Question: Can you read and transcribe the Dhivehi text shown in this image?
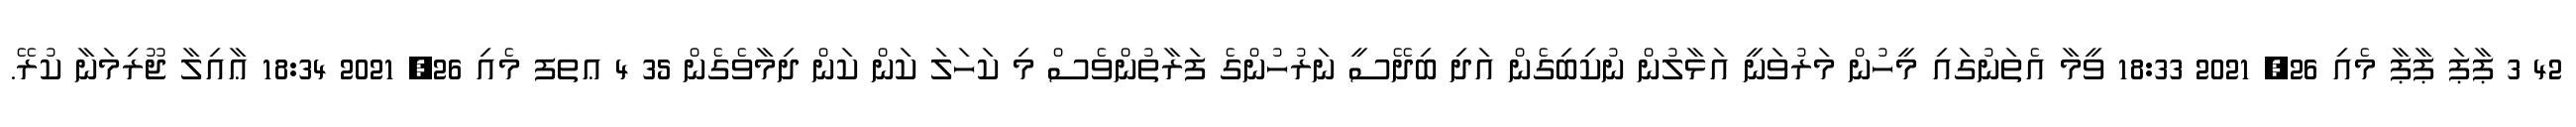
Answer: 42 3 ޕާޕަ ޕާޕާ މެއި 26, 2021 18:33 ވީމާ އެތަނުގައި މީހުން މަރުވަނީ އަޅާލުން ނުކިބިގެން އަދި ބިދޭސީ ނަރުހުންގެ ފަރާތުންވެސް މި ކަހަލަ ކަން ކަން ދިމާވެގެން 35 4 ޢތފ މެއި 26, 2021 18:34 ޢާއިލާ ޖޫރިމަނާ ކުރޭ.